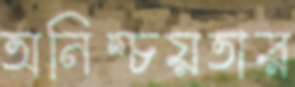
অনিশ্চয়তার